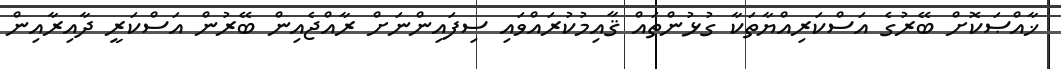
ޚާއްޞަކޮށް ބޭރުގެ އަސްކަރިއްޔާތަކާ ގުޅުންތައް ޤާއިމުކުރައްވައި ސިފައިންނަށް ރާއްޖެއިން ބޭރުން އަސްކަރީ ދާއިރާއިން